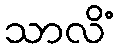
သာလိံ